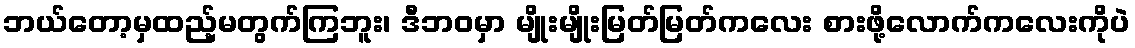
ဘယ်တော့မှထည့်မတွက်ကြဘူး၊ ဒီဘဝမှာ မျိုးမျိုးမြတ်မြတ်ကလေး စားဖို့လောက်ကလေးကိုပဲ